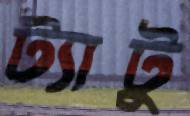
ট্যাটু